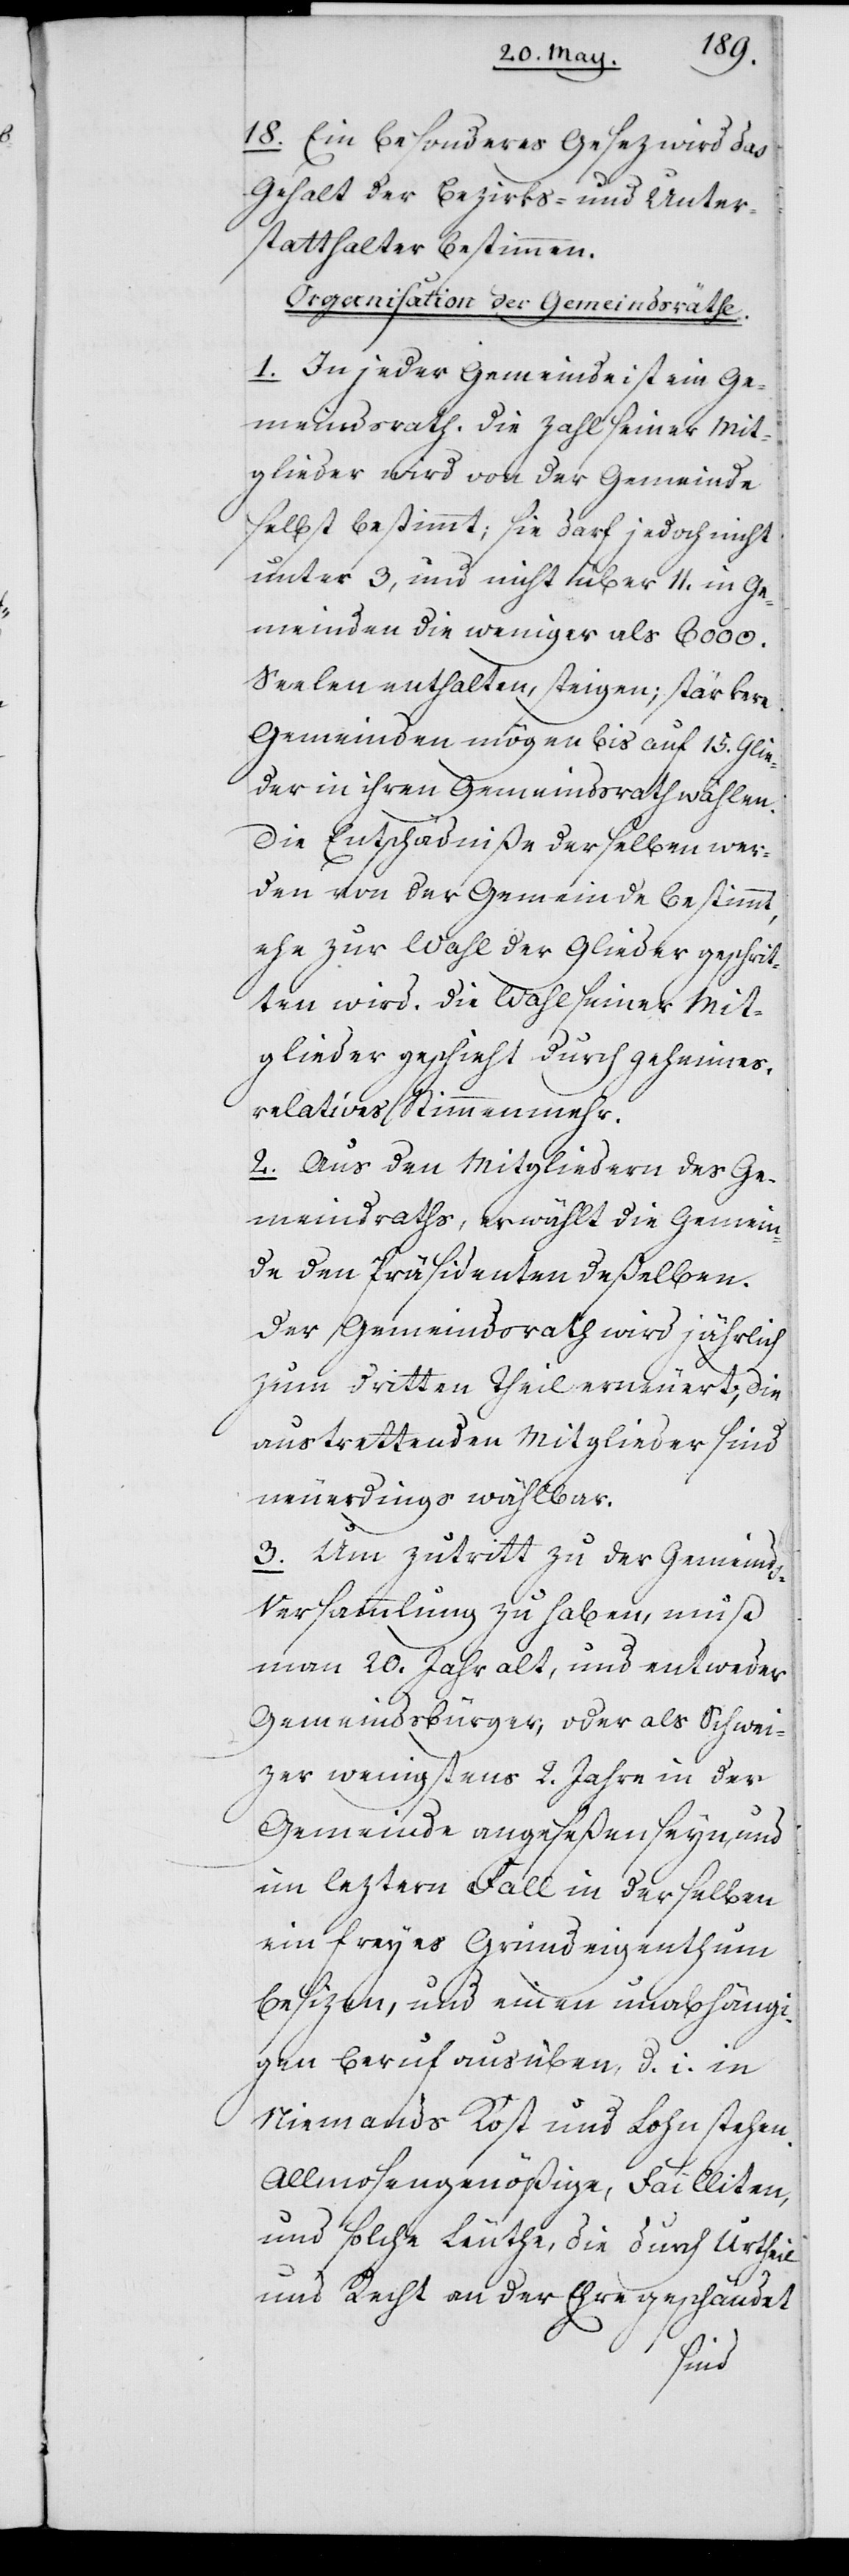
18. Ein besonderes Gesetz wird das
Gehalt der Bezirks- und Unter¬
statthalter bestimmen.
Organisation der Gemeindsräthe.
1. In jeder Gemeinde ist ein Ge¬
meindsrath. Die Zahl seiner Mit¬
glieder wird von der Gemeinde
selbst bestimmt; sie darf jedoch nicht
unter 3, und nicht über 11. in Ge¬
meinden die weniger als 6000.
Seelen enthalten, steigen; stärkere
Gemeinden mögen bis auf 15. Glie¬
der in ihren Gemeindsrath wählen.
Die Entschädniße derselben wer¬
den von der Gemeinde bestimmt,
ehe zur Wahl der Glieder geschrit¬
ten wird. Die Wahl seiner Mit¬
glieder geschieht durch geheimes
relatives Stimmenmehr.
2. Aus den Mitgliedern des Ge¬
meindsraths erwählt die Gemein¬
de den Präsidenten deßelben.
Der Gemeindsrath wird jährlich
zum dritten Theil erneuert; die
austrettenden Mitglieder sind
neuerdings wählbar.
3. Um Zutritt zu der Gemeinds-V¬
ersammlung zu haben, muß
man 20. Jahr alt, und entweder
Gemeindsbürger, oder als Schwei¬
zer wenigstens 2. Jahre in der
Gemeinde angeseßen seyn, und
im leztern Fall in derselben
ein freyes Grundeigenthum
besizen, und einen unabhängi¬
gen Beruf ausüben; d. i. in
Niemands Kost und Lohn stehen.
Allmosengenößige, Failliten
und solche Leuthe, die durch Urtheil
und Recht an der Ehre geschändet